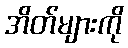
အိတ်များကို